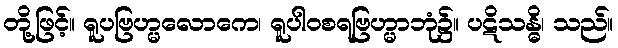
တို့ဖြင့်။ ရူပဗြဟ္မလောကေ၊ ရူပါဝစရဗြဟ္မာဘုံ၌။ ပဋိသန္ဓိ၊ သည်။